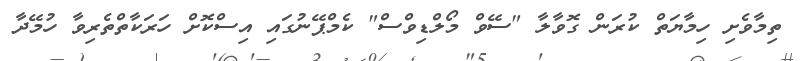
ތިމާވެށި ހިމާޔަތް ކުރަން ގޮވާލާ "ސޭވް މޯލްޑިވްސް" ކެމްޕޭނުގައި އިސްކޮށް ހަރަކާތްތެރިވާ ހުމޭދާ